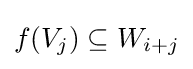
f(V_{j})\subseteq W_{i+j}